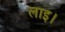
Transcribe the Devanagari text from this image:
लाइ।